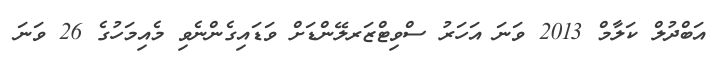
އަބްދުލް ކަލާމް 2013 ވަނަ އަހަރު ސްވިޓްޒަރލޭންޑަށް ވަޑައިގެންނެވި މެއިމަހުގެ 26 ވަނަ